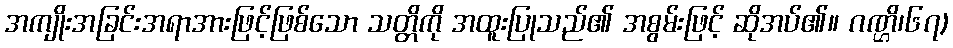
အကျိုးအခြင်းအရာအားဖြင့်ဖြစ်သော သတ္တိကို အထူးပြုသည်၏ အစွမ်းဖြင့် ဆိုအပ်၏။ ဂဏ္ဌိ၊၆၇)